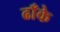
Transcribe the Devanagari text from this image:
ढाँके